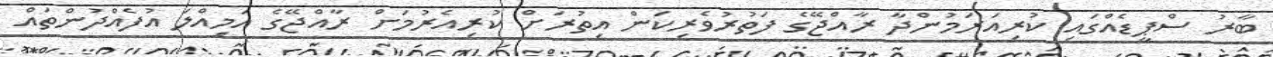
ބާރު ސްޕީޑެއްގައި ކުރިއަރަމުންދާ ރާއްޖޭގެ ފަތުރުވެރިކަން އިތުރަށް ކުރިއެރުމަށް ރާއްޖޭގެ އަމިއްލަ އުފެއްދުންތައް